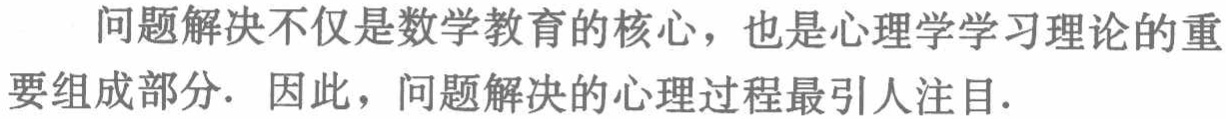
问题解决不仅是数学教育的核心，也是心理学学习理论的重要组成部分. 因此，问题解决的心理过程最引人注目.